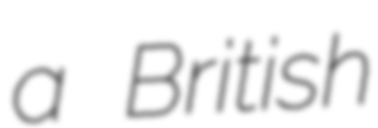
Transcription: a British